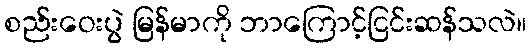
စည်းဝေးပွဲ မြန်မာကို ဘာကြောင့်ငြင်းဆန်သလဲ။